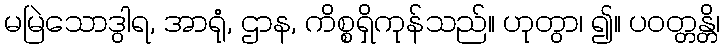
မမြဲသောဒွါရ, အာရုံ, ဌာန, ကိစ္စရှိကုန်သည်။ ဟုတွာ၊ ၍။ ပဝတ္တန္တိ၊